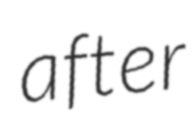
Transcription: after